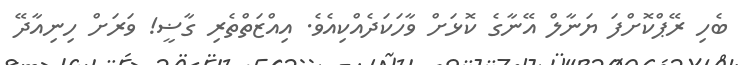
ބެހި ރޭޕްކޮށްފަ ޔަނާލް އޭނާގެ ކޮޅަށް ވާހަކަދެއްކިއެވެ. އިއްޒަތްްތެރި ގާޟީ! ވަރަަށް ހިނިއާދޭ